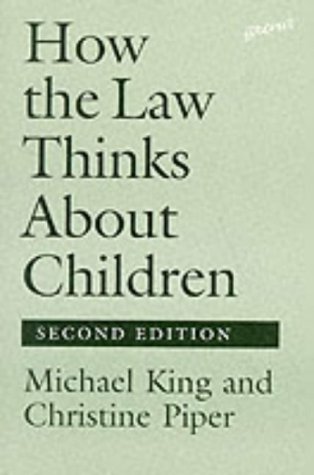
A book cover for How the Law Thinks About Children; Michael King; Law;